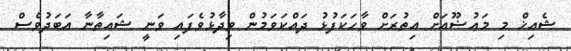
ޝެއިޚް މި މަޢުޟޫއަށް އިތުރަށް ވާހަކަފުޅު ދައްކަވަމުން ވިދާޅުވެފައި ވަނީ ޝައިތާނާ އަބަދުވެސް